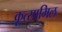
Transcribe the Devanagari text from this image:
कूत्सामिल